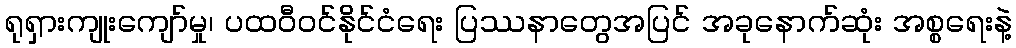
ရုရှားကျုးကျော်မှု၊ ပထဝီဝင်နိုင်ငံရေး ပြဿနာတွေအပြင် အခုနောက်ဆုံး အစ္စရေးနဲ့